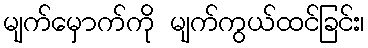
မျက်မှောက်ကို မျက်ကွယ်ထင်ခြင်း၊